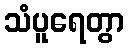
သံပူရေတွာ